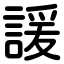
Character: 諼